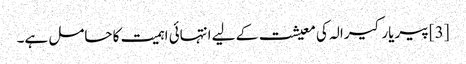
[3] پیریار کیرالہ کی معیشت کے لیے انتہائی اہمیت کا حامل ہے۔